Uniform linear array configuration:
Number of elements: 64
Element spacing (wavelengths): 1
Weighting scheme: exponential
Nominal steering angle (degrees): -30
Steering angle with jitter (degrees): -28.582
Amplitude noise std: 0.05
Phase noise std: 0.05

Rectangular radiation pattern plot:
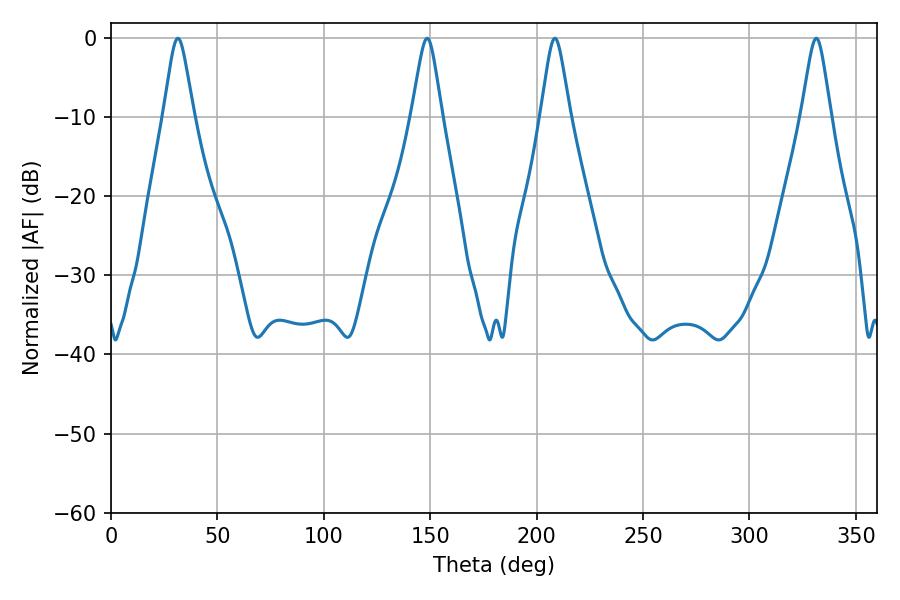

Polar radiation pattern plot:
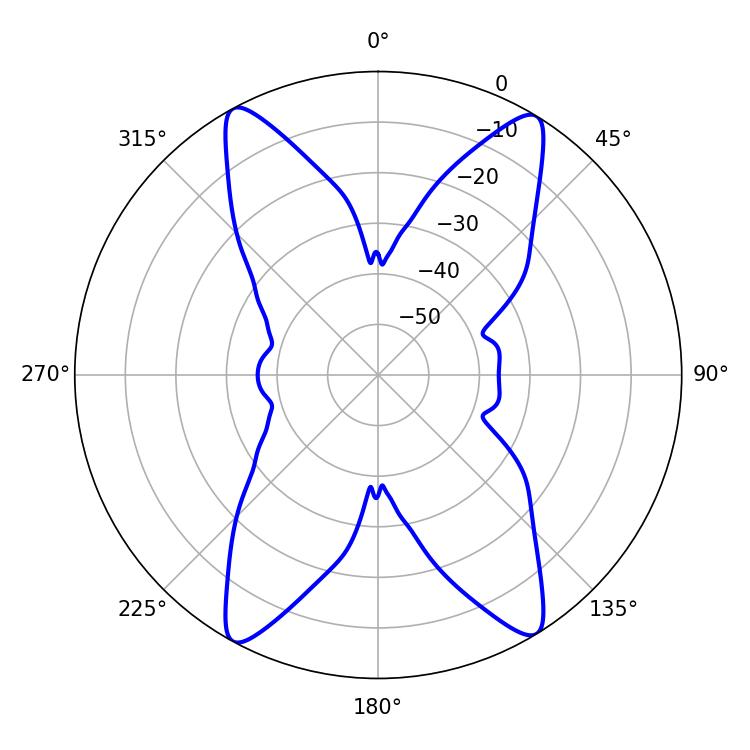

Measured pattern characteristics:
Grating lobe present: TRUE
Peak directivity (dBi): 20.636
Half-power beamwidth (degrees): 6.48
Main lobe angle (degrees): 208.62